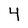
Character: 4